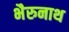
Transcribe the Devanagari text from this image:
भैरुनाथ